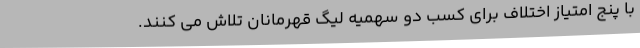
با پنج امتیاز اختلاف برای کسب دو سهمیه لیگ قهرمانان تلاش می کنند.